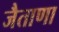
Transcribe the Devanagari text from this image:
जैताणा